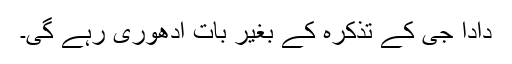
دادا جی کے تذکرہ کے بغیر بات ادھوری رہے گی۔